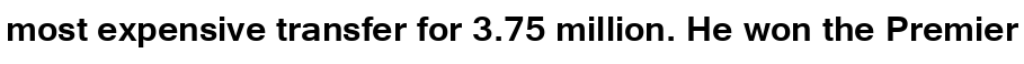
most expensive transfer for 3.75 million. He won the Premier